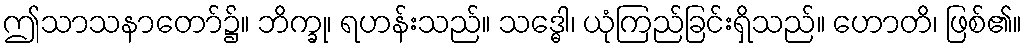
ဤသာသနာတော်၌။ ဘိက္ခု၊ ရဟန်းသည်။ သဒ္ဓေါ၊ ယုံကြည်ခြင်းရှိသည်။ ဟောတိ၊ ဖြစ်၏။